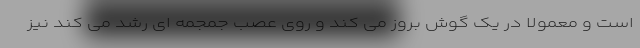
است و معمولا در یک گوش بروز می کند و روی عصب جمجمه ای رشد می کند نیز